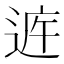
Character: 𲅝